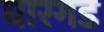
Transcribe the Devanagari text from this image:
घारगड